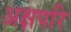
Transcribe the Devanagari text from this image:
अक्षपरि